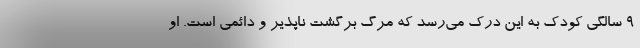
۹ سالگی کودک به این درک می‌رسد که مرگ برگشت ناپذیر و دائمی است. او